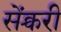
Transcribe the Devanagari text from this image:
सेंक्चरी